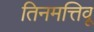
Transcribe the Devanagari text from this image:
तिनमत्तिवू